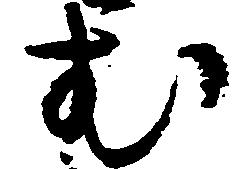
む